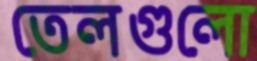
তেলগুলো